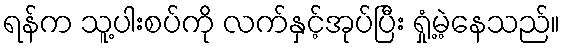
ရန်က သူ့ပါးစပ်ကို လက်နှင့်အုပ်ပြီး ရှုံ့မဲ့နေသည်။